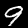
Digit: 9